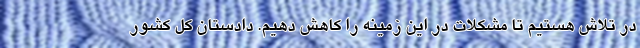
در تلاش هستیم تا مشکلات در این زمینه را کاهش دهیم. دادستان کل کشور